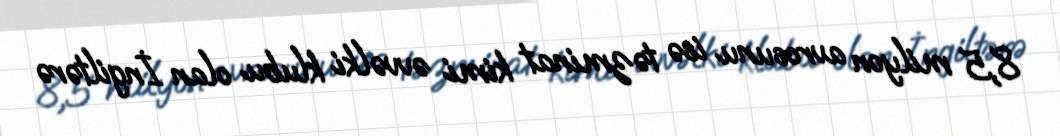
8,5 milyon avrosunu isə təzminat kimi əvvəlki klubu olan İngiltərə